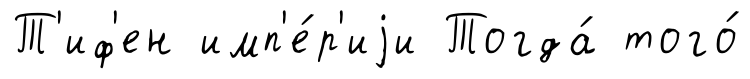
Т'иф'ен имп'е́р'иjи Тогда́ того́